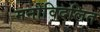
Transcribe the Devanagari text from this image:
मनोविदलित